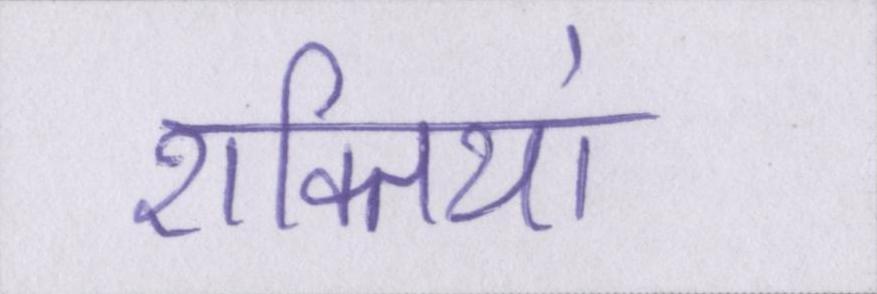
शक्तियां